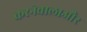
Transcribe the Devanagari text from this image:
करनेवालाऔर